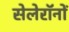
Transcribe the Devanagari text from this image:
सेलेरॉनों